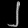
Digit: ၂